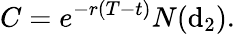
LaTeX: C=e^{-r(T-t)}N(\mathrm{d}_{2}).